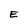
Character: E